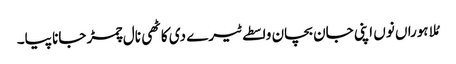
مُلا ہوراں نوں اپنی جان بچان واسطے ٹیرے دی کاٹھی نال چمڑ جانا پیا۔